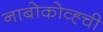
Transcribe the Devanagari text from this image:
नाबोकोव्ह्ची